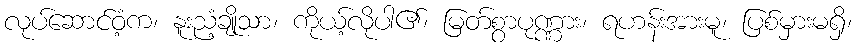
လုပ်ဆောင်ဝံ့က၊ နူးညံ့ချိုသာ၊ ကိုယ့်လိုပါ၏၊ မြတ်စွာပုဏ္ဏား၊ ရဟန်းအားမူ၊ ပြစ်မှားမရှိ၊